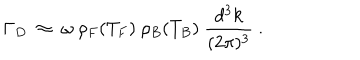
LaTeX: \Gamma _ { D } ~ \approx ~ \omega ~ \rho _ { F } ( T _ { F } ) ~ \rho _ { B } ( T _ { B } ) ~ \frac { d ^ { 3 } k } { ( 2 \pi ) ^ { 3 } } ~ .